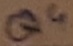
Text: Q4